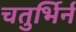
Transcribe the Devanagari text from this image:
चतुर्भिर्न